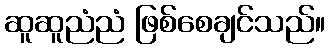
ဆူဆူညံညံ ဖြစ်စေချင်သည်။